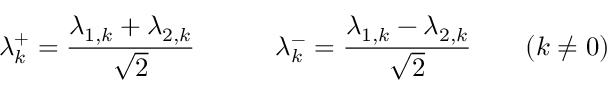
\lambda _ { k } ^ { + } = \frac { \lambda _ { 1 , k } + \lambda _ { 2 , k } } { \sqrt { 2 } } \qquad \quad \lambda _ { k } ^ { - } = \frac { \lambda _ { 1 , k } - \lambda _ { 2 , k } } { \sqrt { 2 } } \qquad ( k \neq 0 )